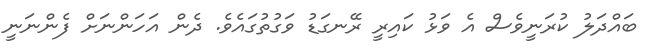
ބައްދަލު ކުރަނީވެސް އެ ވަޅު ކައިރީ ރޭނގަޑު ވަގުތުގައެވެ. ދެން އަހަންނަށް ފެންނަނީ